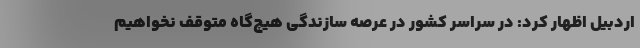
اردبیل اظهار کرد: در سراسر کشور در عرصه‌ سازندگی هیچ‌گاه متوقف نخواهیم